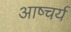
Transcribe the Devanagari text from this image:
आष्चर्य